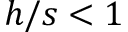
h / s < 1